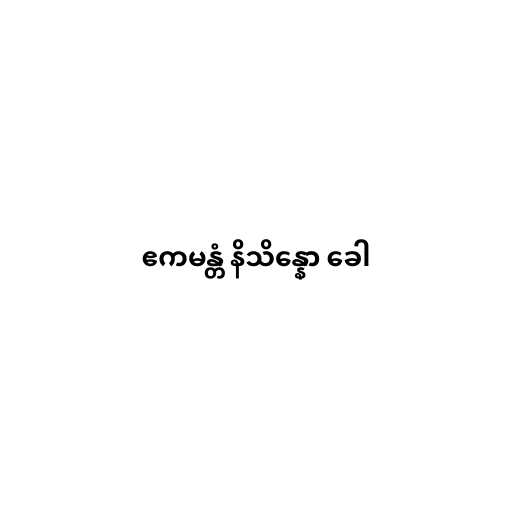
ဧကမန္တံ နိသိန္နော ခေါ